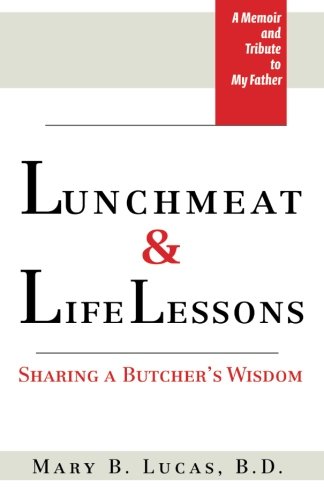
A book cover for Lunchmeat & Life Lessons: Sharing a Butcher's Wisdom; Mary B. Lucas; Biographies & Memoirs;